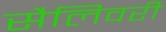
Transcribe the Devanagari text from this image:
सैलिवरी